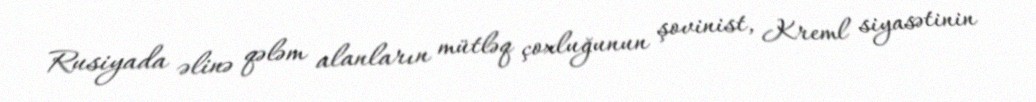
Rusiyada əlinə qələm alanların mütləq çoxluğunun şovinist, Kreml siyasətinin